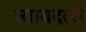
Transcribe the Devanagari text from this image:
त्याबदली